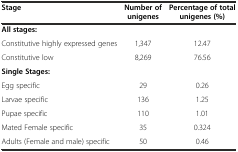
<table><thead><tr><td><b>Stage</b></td><td><b>Number of unigenes</b></td><td><b>Percentage of total unigenes (%)</b></td></tr></thead><tbody><tr><td><b>All stages:</b></td><td></td><td></td></tr><tr><td>Constitutive highly expressed genes</td><td>1,347</td><td>12.47</td></tr><tr><td>Constitutive low</td><td>8,269</td><td>76.56</td></tr><tr><td><b>Single Stages:</b></td><td></td><td></td></tr><tr><td>Egg specific</td><td>29</td><td>0.26</td></tr><tr><td>Larvae specific</td><td>136</td><td>1.25</td></tr><tr><td>Pupae specific</td><td>110</td><td>1.01</td></tr><tr><td>Mated Female specific</td><td>35</td><td>0.324</td></tr><tr><td>Adults (Female and male) specific</td><td>50</td><td>0.46</td></tr></tbody></table>